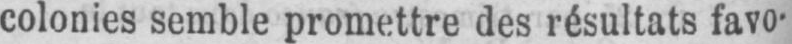
colonies semble promettre des résultats favo-